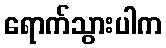
ရောက်သွားပါက